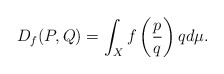
\begin{align*}D_f(P,Q)= \int_{X} f\left(\frac{p}{q} \right) q d\mu.\end{align*}